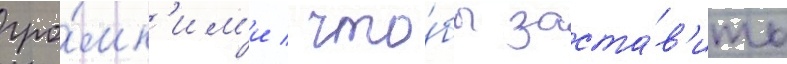
гро́мк'им'и / что́бы заста́в'ить